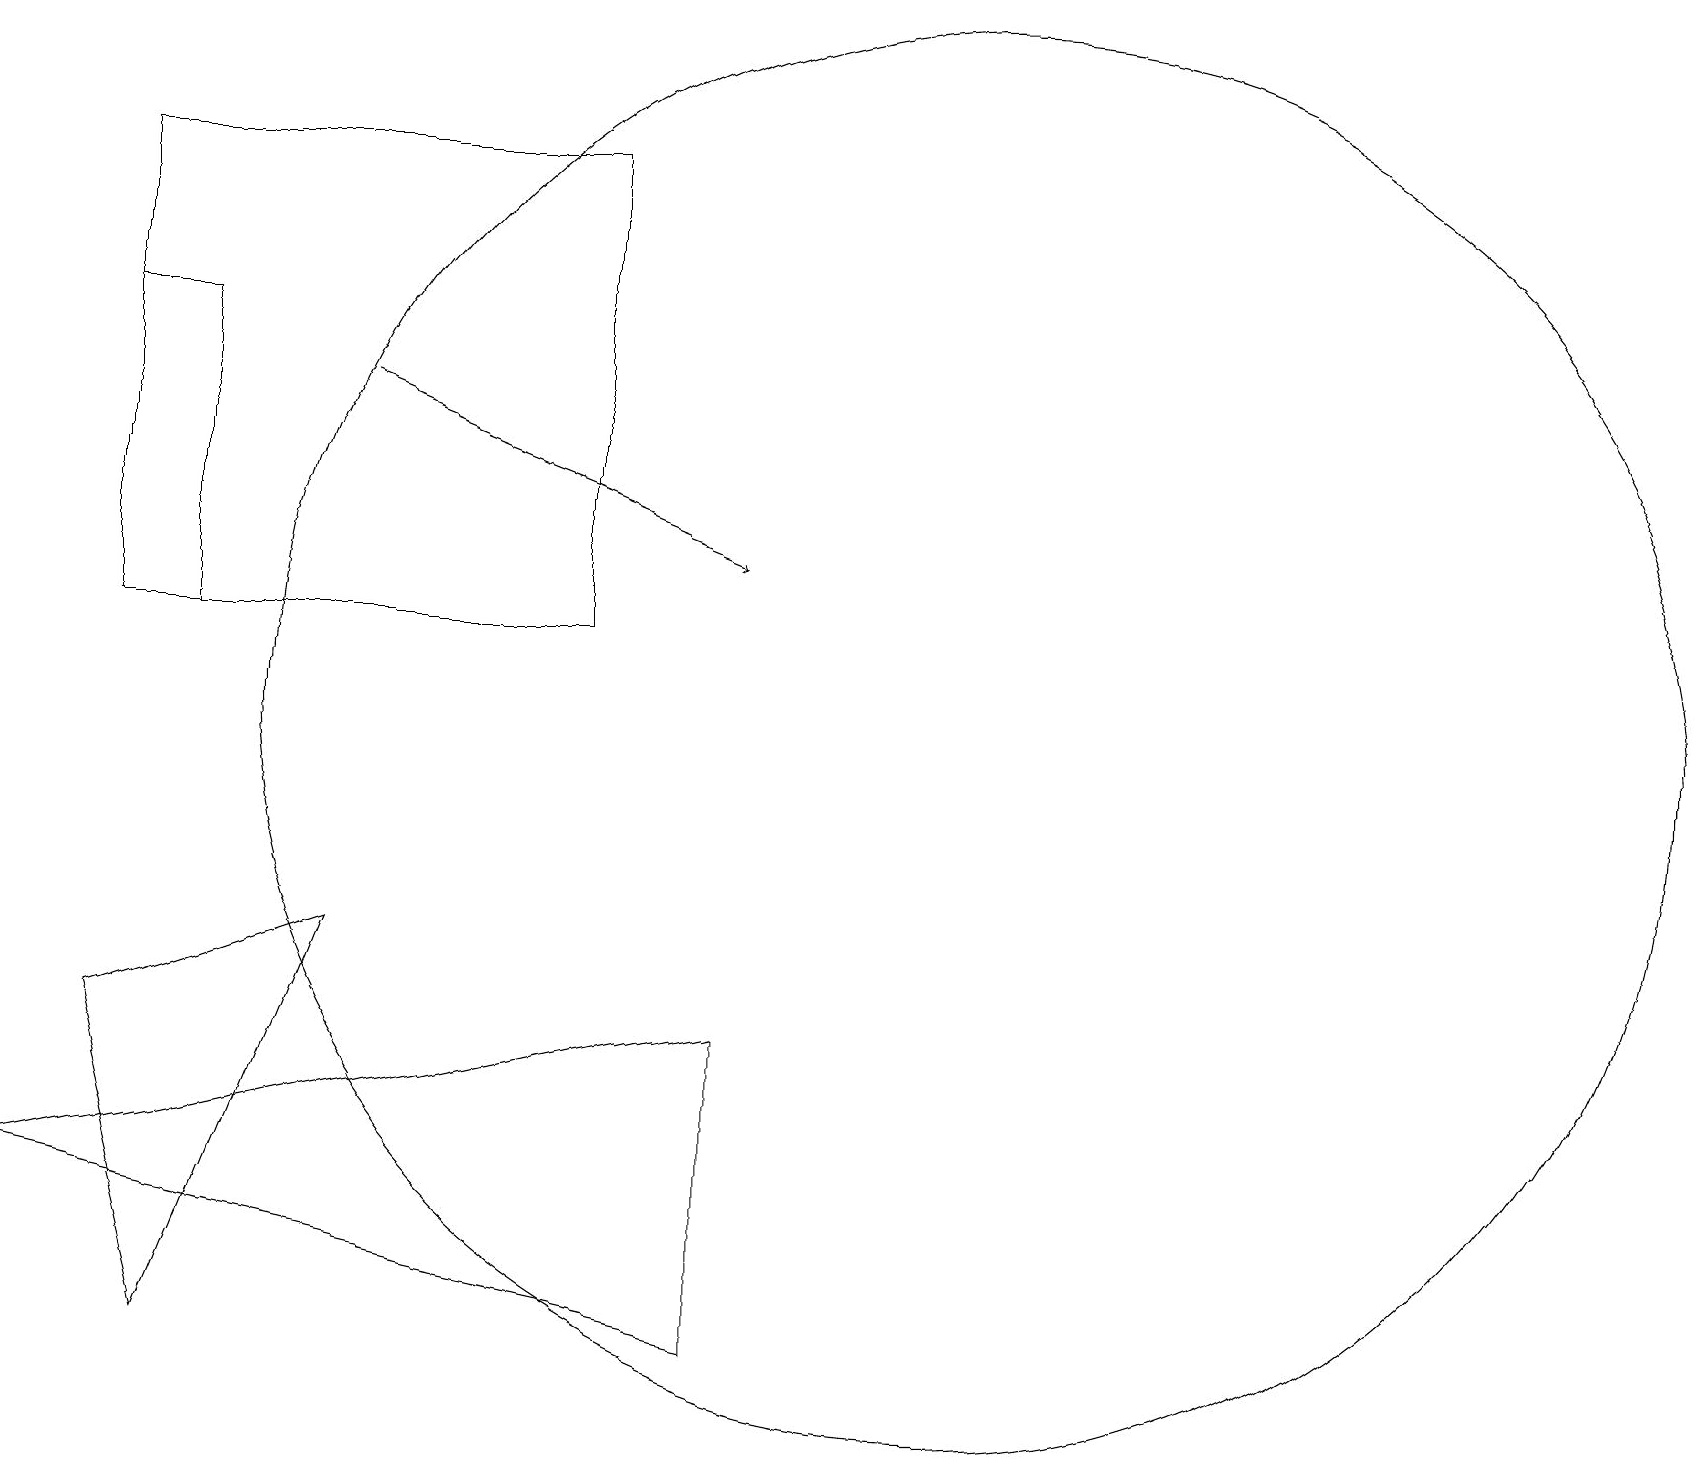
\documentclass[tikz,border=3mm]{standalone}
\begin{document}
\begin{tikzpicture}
\draw (9,7) -- (0,5) -- (9,3) -- cycle;
\draw[->] (4,15) -- (9,13);
\draw (7,18) rectangle (1,12);
\draw (12,11) circle (9);
\draw (1,7) -- (2,3) -- (4,8) -- cycle;
\draw (1,12) rectangle (2,16);
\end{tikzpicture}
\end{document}